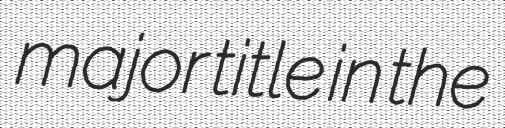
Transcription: major title in the